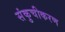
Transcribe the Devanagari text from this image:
संकुचीकरण